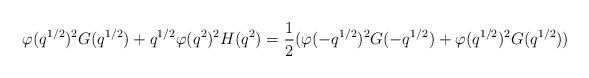
LaTeX: \begin{align*} \varphi(q^{1/2})^2G(q^{1/2})+q^{1/2}\varphi(q^2)^2H(q^2) = \dfrac{1}{2}(\varphi(-q^{1/2})^2G(-q^{1/2})+\varphi(q^{1/2})^2G(q^{1/2}))\end{align*}